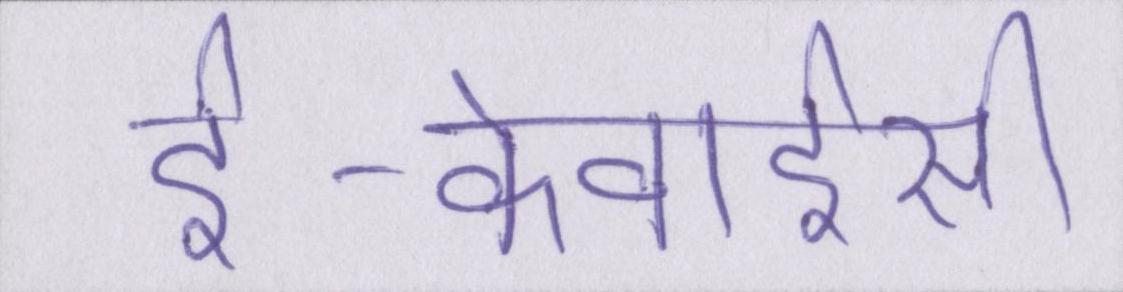
ई-केवाईसी